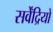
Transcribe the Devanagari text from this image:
सर्वेंद्रियों